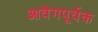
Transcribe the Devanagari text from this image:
आवेगपूर्वक